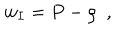
w _ { I } = P - \rho \ \ ,